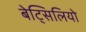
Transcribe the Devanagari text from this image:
बेट्सिलियो